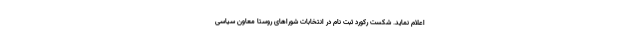
اعلام نماید. شکست رکورد ثبت نام در انتخابات شوراهای روستا معاون سیاسی